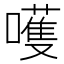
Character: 嚄